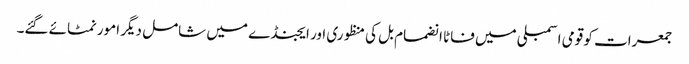
جمعرات کو قومی اسمبلی میں فاٹا انضمام بل کی منظوری اور ایجنڈے میں شامل دیگر امور نمٹائے گئے۔